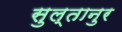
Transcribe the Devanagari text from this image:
सुल्तानुर